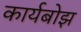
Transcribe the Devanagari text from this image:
कार्यबोझ